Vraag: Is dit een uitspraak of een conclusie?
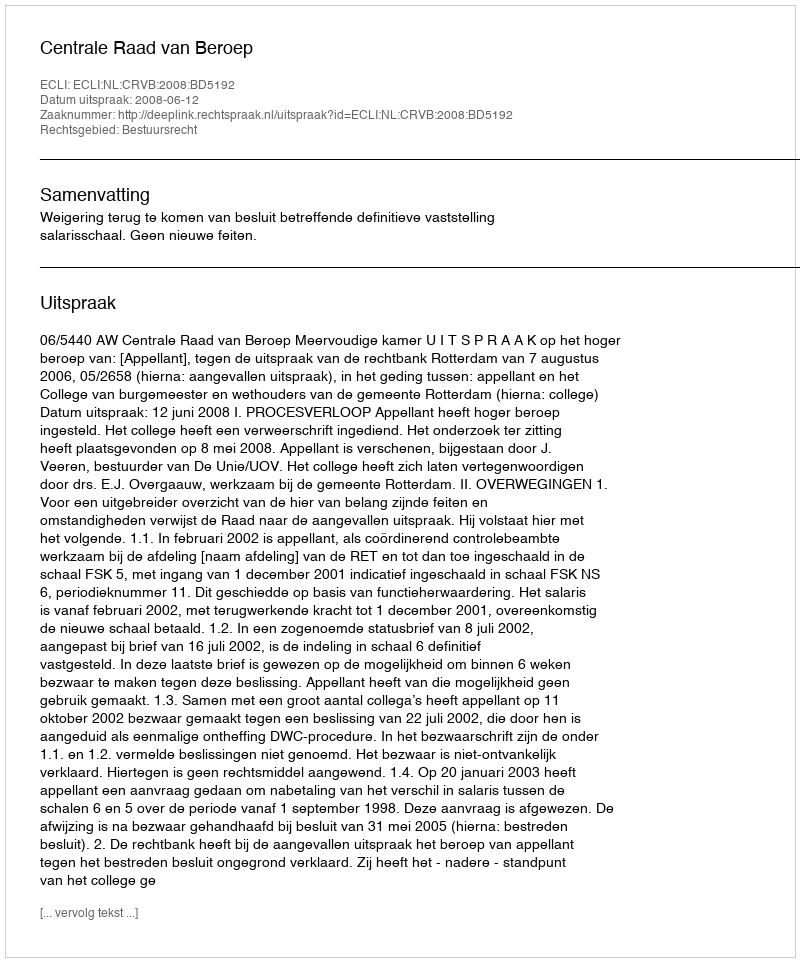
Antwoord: Uitspraak